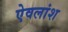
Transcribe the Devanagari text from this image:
ऐवलांश